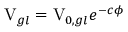
\mathrm { V } _ { g l } = \mathrm { V } _ { 0 , g l } e ^ { - c \phi }